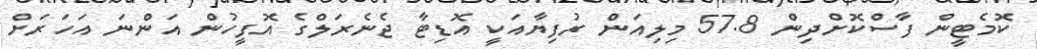
ކޮމެޓީން ފާސްކޮށްދިން 57.8 މިލިއަން ރުފިޔާއަކީ އޮޑިޓާ ޖެނެރަލްގެ އޮފީހުން އަންނަ އަހަރަށް